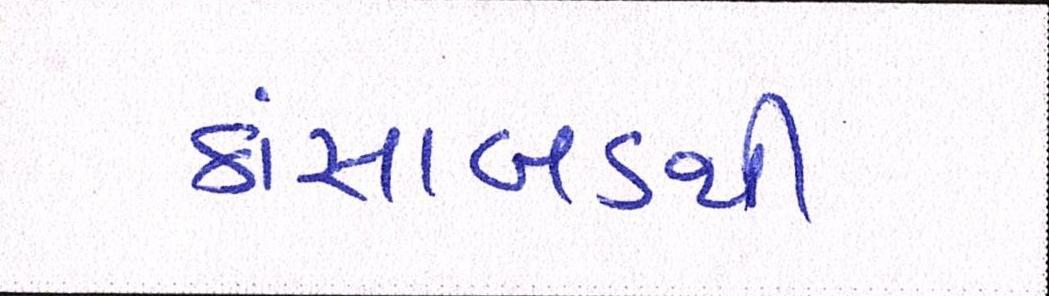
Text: કાંસાબડથી